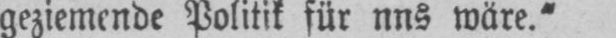
wäre.“